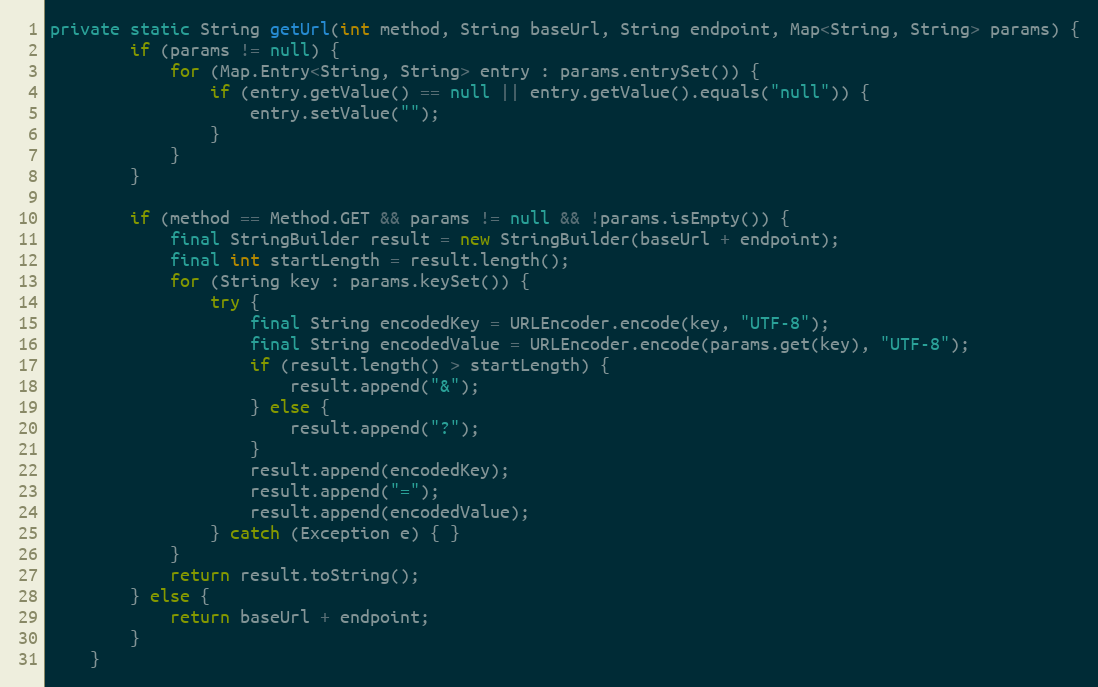
Language: Java
private static String getUrl(int method, String baseUrl, String endpoint, Map<String, String> params) {
		if (params != null) {
			for (Map.Entry<String, String> entry : params.entrySet()) {
				if (entry.getValue() == null || entry.getValue().equals("null")) {
					entry.setValue("");
				}
			}
		}

		if (method == Method.GET && params != null && !params.isEmpty()) {
			final StringBuilder result = new StringBuilder(baseUrl + endpoint);
			final int startLength = result.length();
			for (String key : params.keySet()) {
				try {
					final String encodedKey = URLEncoder.encode(key, "UTF-8");
					final String encodedValue = URLEncoder.encode(params.get(key), "UTF-8");
					if (result.length() > startLength) {
						result.append("&");
					} else {
						result.append("?");
					}
					result.append(encodedKey);
					result.append("=");
					result.append(encodedValue);
				} catch (Exception e) { }
			}
			return result.toString();
		} else {
			return baseUrl + endpoint;
		}
	}